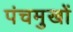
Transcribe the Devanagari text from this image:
पंचमुखों